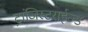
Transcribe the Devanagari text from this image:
ट्रांजिस्टराईज्ड